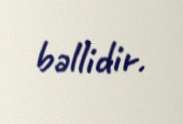
bəllidir.